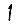
Digit: 1